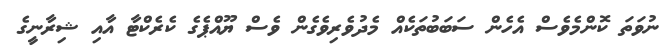
ނުވަތަ ކޮންމެވެސް އެހެން ސަބަބުތަކެއް މެދުވެރިވެގެން ވެސް ޔޫއްޕެގެ ކެރެކްޓާ އާއި ޝިރާނީގެ